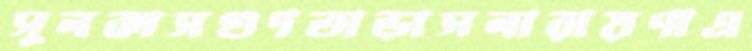
সুনকাসগুণতাড়াসনারায়ণাএ